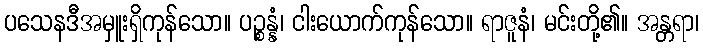
ပသေနဒီအမှူးရှိကုန်သော။ ပဉ္စန္နံ၊ ငါးယောက်ကုန်သော။ ရာဇူနံ၊ မင်းတို့၏။ အန္တရာ၊